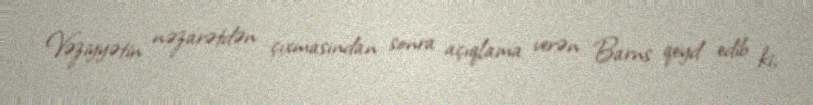
Vəziyyətin nəzarətdən çıxmasından sonra açıqlama verən Barns qeyd edib ki,